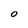
Character: 0